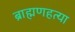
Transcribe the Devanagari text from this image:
ब्राह्मणहत्या